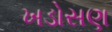
ખડોસણ